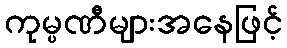
ကုမ္ပဏီများအနေဖြင့်